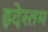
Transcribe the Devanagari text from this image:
इदेस्तम